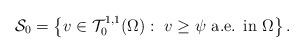
LaTeX: \begin{align*}\mathcal{S}_0 = \left\{v \in \mathcal{T}_0^{1,1}(\Omega): \ v \ge \psi \mbox{ a.e. in } \Omega\right\}.\end{align*}